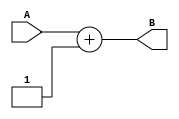
module incrementer(A, B);
   input [3:0] A;
   output [3:0] B;

   assign B = A + 4'b0001;
endmodule // incrementer